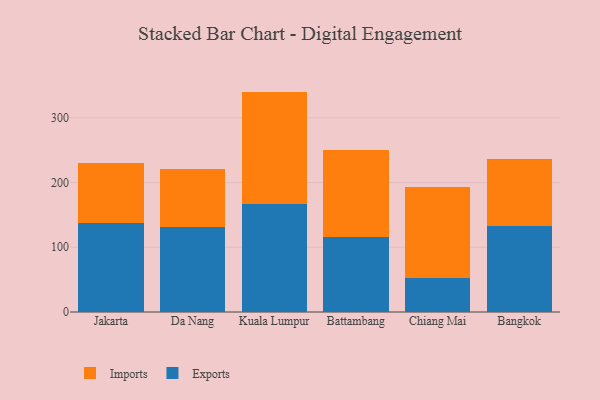
{"axis": {"x": "City", "y": "Humidity (%)"}, "legend": ["Exports", "Imports"], "data": [{"x": "Jakarta", "y": 137.7, "type": "Exports"}, {"x": "Jakarta", "y": 92.0, "type": "Imports"}, {"x": "Da Nang", "y": 131.3, "type": "Exports"}, {"x": "Da Nang", "y": 90.3, "type": "Imports"}, {"x": "Kuala Lumpur", "y": 166.3, "type": "Exports"}, {"x": "Kuala Lumpur", "y": 174.2, "type": "Imports"}, {"x": "Battambang", "y": 115.4, "type": "Exports"}, {"x": "Battambang", "y": 135.4, "type": "Imports"}, {"x": "Chiang Mai", "y": 52.0, "type": "Exports"}, {"x": "Chiang Mai", "y": 140.6, "type": "Imports"}, {"x": "Bangkok", "y": 132.9, "type": "Exports"}, {"x": "Bangkok", "y": 103.0, "type": "Imports"}]}